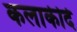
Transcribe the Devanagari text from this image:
कलाकीर्द